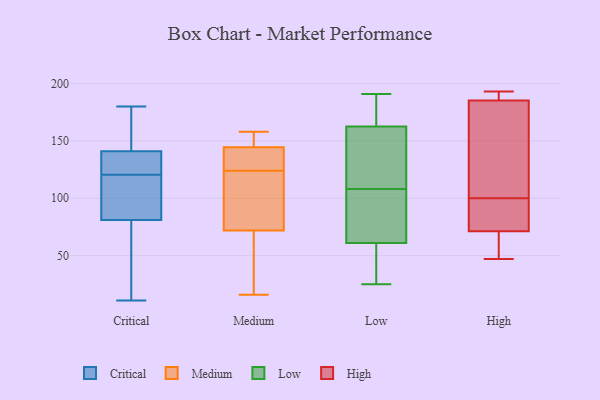
{"axis": {"x": "Net Income (USD K)", "y": "Value"}, "legend": ["Critical", "High", "Low", "Medium"], "data": [{"x": "", "y": 20, "type": "Critical"}, {"x": "", "y": 138, "type": "Critical"}, {"x": "", "y": 80, "type": "Critical"}, {"x": "", "y": 180, "type": "Critical"}, {"x": "", "y": 157, "type": "Critical"}, {"x": "", "y": 163, "type": "Critical"}, {"x": "", "y": 122, "type": "Critical"}, {"x": "", "y": 139, "type": "Critical"}, {"x": "", "y": 115, "type": "Critical"}, {"x": "", "y": 119, "type": "Critical"}, {"x": "", "y": 134, "type": "Critical"}, {"x": "", "y": 37, "type": "Critical"}, {"x": "", "y": 100, "type": "Critical"}, {"x": "", "y": 11, "type": "Critical"}, {"x": "", "y": 143, "type": "Critical"}, {"x": "", "y": 82, "type": "Critical"}, {"x": "", "y": 26, "type": "Medium"}, {"x": "", "y": 122, "type": "Medium"}, {"x": "", "y": 126, "type": "Medium"}, {"x": "", "y": 145, "type": "Medium"}, {"x": "", "y": 16, "type": "Medium"}, {"x": "", "y": 118, "type": "Medium"}, {"x": "", "y": 144, "type": "Medium"}, {"x": "", "y": 158, "type": "Medium"}, {"x": "", "y": 18, "type": "Medium"}, {"x": "", "y": 154, "type": "Medium"}, {"x": "", "y": 141, "type": "Medium"}, {"x": "", "y": 119, "type": "Medium"}, {"x": "", "y": 191, "type": "Low"}, {"x": "", "y": 101, "type": "Low"}, {"x": "", "y": 182, "type": "Low"}, {"x": "", "y": 156, "type": "Low"}, {"x": "", "y": 63, "type": "Low"}, {"x": "", "y": 25, "type": "Low"}, {"x": "", "y": 49, "type": "Low"}, {"x": "", "y": 182, "type": "Low"}, {"x": "", "y": 108, "type": "Low"}, {"x": "", "y": 103, "type": "Low"}, {"x": "", "y": 55, "type": "Low"}, {"x": "", "y": 111, "type": "Low"}, {"x": "", "y": 147, "type": "Low"}, {"x": "", "y": 150, "type": "High"}, {"x": "", "y": 191, "type": "High"}, {"x": "", "y": 193, "type": "High"}, {"x": "", "y": 47, "type": "High"}, {"x": "", "y": 158, "type": "High"}, {"x": "", "y": 186, "type": "High"}, {"x": "", "y": 86, "type": "High"}, {"x": "", "y": 85, "type": "High"}, {"x": "", "y": 76, "type": "High"}, {"x": "", "y": 57, "type": "High"}, {"x": "", "y": 57, "type": "High"}, {"x": "", "y": 100, "type": "High"}, {"x": "", "y": 185, "type": "High"}]}